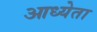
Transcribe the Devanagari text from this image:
आध्येता